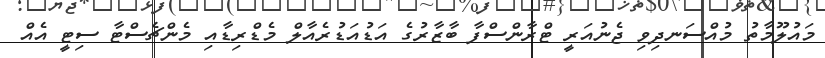
މައުލޫމާތު މުއްސަނދިވި ޖެނުއަރީ ޓްރާންސްފާ ބާޒާރުގެ އަޑުއަޑުރެއާލް މެޑްރިޑާއި މެންޗެސްޓާ ސިޓީ އެއް